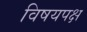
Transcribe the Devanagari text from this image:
विषयपक्ष